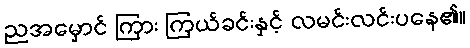
ညအမှောင် ကြား ကြယ်ခင်းနှင့် လမင်းလင်းပနေ၏။